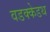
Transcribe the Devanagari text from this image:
वडक्केडथ